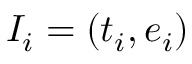
I _ { i } = ( t _ { i } , e _ { i } )